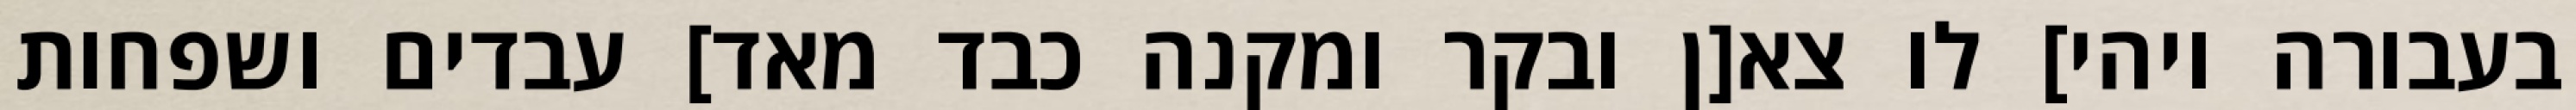
בעבורה ויהי] לו צא[ן ובקר ומקנה כבד מאד] עבדים ושפחות